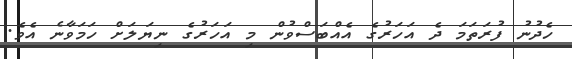
ހެދުނު ފުރަތަމަ ދެ އަހަރުގެ އެއްބަސްވުން މި އަހަރުގެ ނިޔަލަށް ހަމަވާނެ އެވެ.